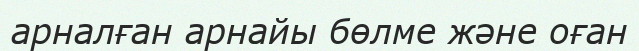
арналған арнайы бөлме және оған